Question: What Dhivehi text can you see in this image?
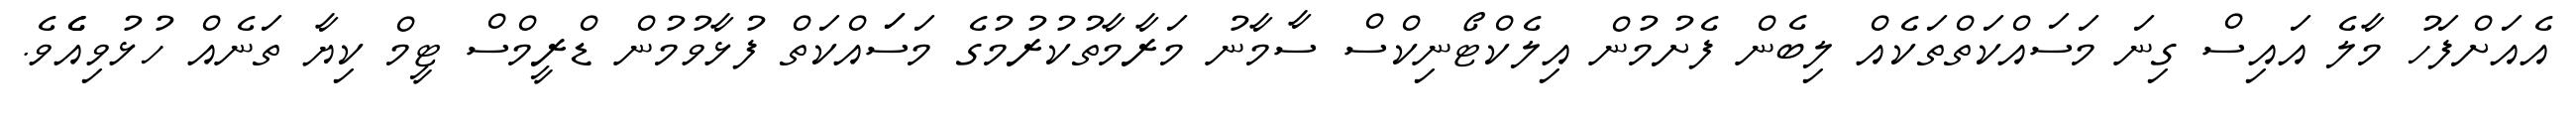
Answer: އެއަށްފަހު މާލެ އައިސް ގިނަ މަސައްކަތްތަކެއް ލިބެން ފެށުމުން އިލެކްޓޯނިކްސް ސާމާނު މަރާމާތުކުރުމުގެ މަސަައްކަތް ފުޅާވުމުން ޑްރީމްސް ޓީމް ކިޔާ ތަނެއް ހުޅުވިއެެެވެ.